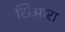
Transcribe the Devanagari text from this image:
सिआरा